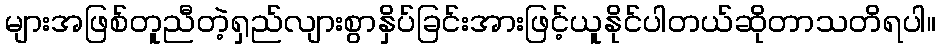
များအဖြစ်တူညီတဲ့ရှည်လျားစွာနှိပ်ခြင်းအားဖြင့်ယူနိုင်ပါတယ်ဆိုတာသတိရပါ။